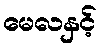
မေလနှင့်